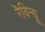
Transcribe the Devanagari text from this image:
रॆविन्यू